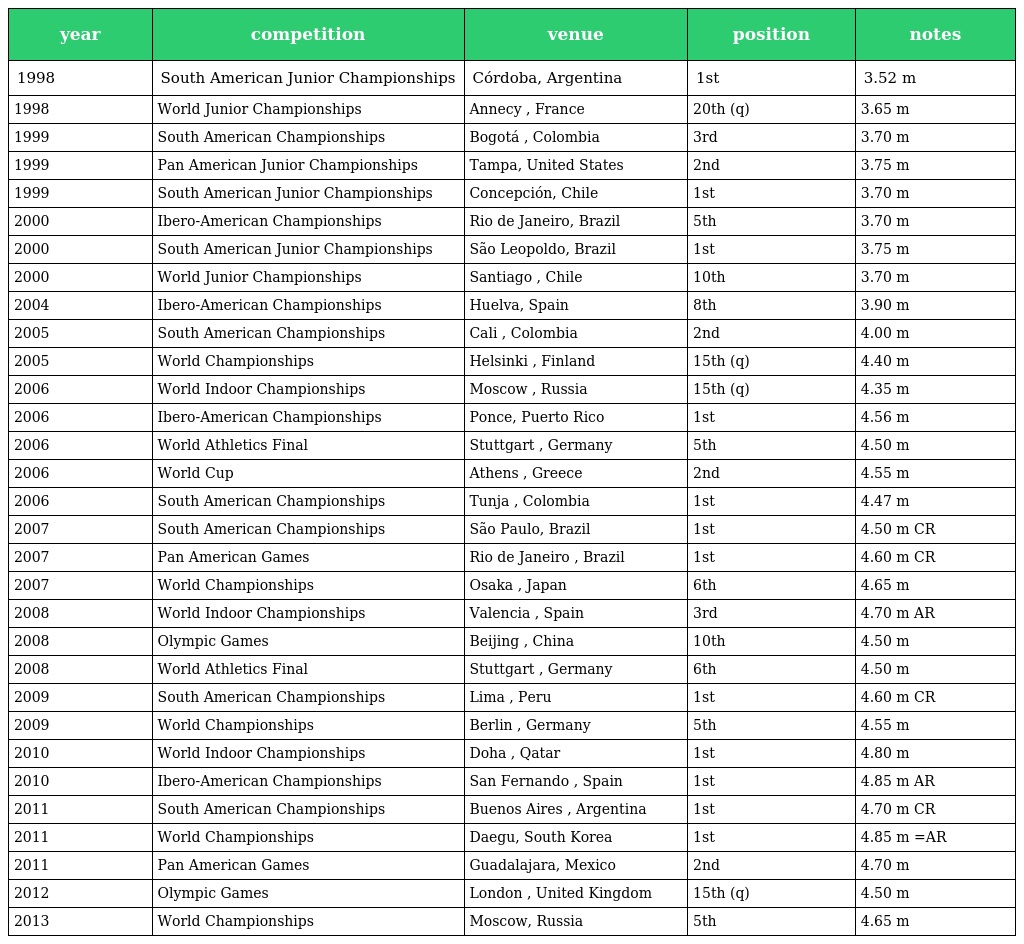
| year | competition | venue | position | notes |
 | --- | --- | --- | --- | --- |
 | 1998 | South American Junior Championships | Córdoba, Argentina | 1st | 3.52 m |
 | 1998 | World Junior Championships | Annecy , France | 20th (q) | 3.65 m |
 | 1999 | South American Championships | Bogotá , Colombia | 3rd | 3.70 m |
 | 1999 | Pan American Junior Championships | Tampa, United States | 2nd | 3.75 m |
 | 1999 | South American Junior Championships | Concepción, Chile | 1st | 3.70 m |
 | 2000 | Ibero-American Championships | Rio de Janeiro, Brazil | 5th | 3.70 m |
 | 2000 | South American Junior Championships | São Leopoldo, Brazil | 1st | 3.75 m |
 | 2000 | World Junior Championships | Santiago , Chile | 10th | 3.70 m |
 | 2004 | Ibero-American Championships | Huelva, Spain | 8th | 3.90 m |
 | 2005 | South American Championships | Cali , Colombia | 2nd | 4.00 m |
 | 2005 | World Championships | Helsinki , Finland | 15th (q) | 4.40 m |
 | 2006 | World Indoor Championships | Moscow , Russia | 15th (q) | 4.35 m |
 | 2006 | Ibero-American Championships | Ponce, Puerto Rico | 1st | 4.56 m |
 | 2006 | World Athletics Final | Stuttgart , Germany | 5th | 4.50 m |
 | 2006 | World Cup | Athens , Greece | 2nd | 4.55 m |
 | 2006 | South American Championships | Tunja , Colombia | 1st | 4.47 m |
 | 2007 | South American Championships | São Paulo, Brazil | 1st | 4.50 m CR |
 | 2007 | Pan American Games | Rio de Janeiro , Brazil | 1st | 4.60 m CR |
 | 2007 | World Championships | Osaka , Japan | 6th | 4.65 m |
 | 2008 | World Indoor Championships | Valencia , Spain | 3rd | 4.70 m AR |
 | 2008 | Olympic Games | Beijing , China | 10th | 4.50 m |
 | 2008 | World Athletics Final | Stuttgart , Germany | 6th | 4.50 m |
 | 2009 | South American Championships | Lima , Peru | 1st | 4.60 m CR |
 | 2009 | World Championships | Berlin , Germany | 5th | 4.55 m |
 | 2010 | World Indoor Championships | Doha , Qatar | 1st | 4.80 m |
 | 2010 | Ibero-American Championships | San Fernando , Spain | 1st | 4.85 m AR |
 | 2011 | South American Championships | Buenos Aires , Argentina | 1st | 4.70 m CR |
 | 2011 | World Championships | Daegu, South Korea | 1st | 4.85 m =AR |
 | 2011 | Pan American Games | Guadalajara, Mexico | 2nd | 4.70 m |
 | 2012 | Olympic Games | London , United Kingdom | 15th (q) | 4.50 m |
 | 2013 | World Championships | Moscow, Russia | 5th | 4.65 m |